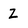
Character: Z